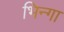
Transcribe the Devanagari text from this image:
भिन्गा